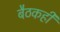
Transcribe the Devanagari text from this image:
बैठकही